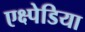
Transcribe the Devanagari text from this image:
एक्ष्पेडिया